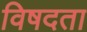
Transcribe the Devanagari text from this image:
विषदता